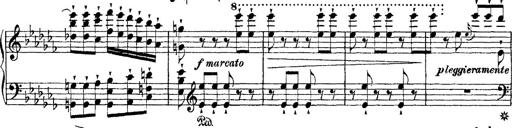
Title: Ã‰tudes d'exÃ©cution transcendante d'aprÃ¨s Paganini
Composer: Franz Liszt